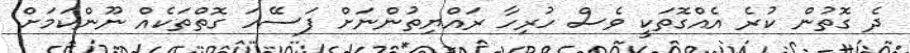
ދެ ގޮތުން ކުރެ އެއްގޮތަކީ ވެސް ހުރިހާ ރައްޔިތުންނަށް ފަސޭހަ ގޮތްތަކެއް ނޫންކަމަށް